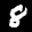
Label: 8